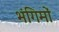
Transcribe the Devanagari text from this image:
भंगिमों